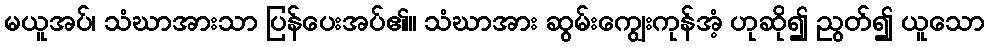
မယူအပ်၊ သံဃာအားသာ ပြန်ပေးအပ်၏။ သံဃာအား ဆွမ်းကျွေးကုန်အံ့ ဟုဆို၍ ညွတ်၍ ယူသော